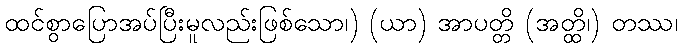
ထင်စွာပြောအပ်ပြီးမူလည်းဖြစ်သော၊) (ယာ) အာပတ္တိ (အတ္ထိ၊) တဿ၊